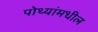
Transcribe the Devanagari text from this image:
पोथ्यांमधील